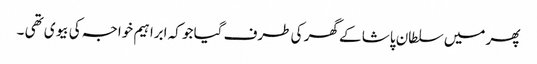
پھر میں سلطان پاشا کے گھر کی طرف گیا جو کہ ابراہیم خواجہ کی بیوی تھی ۔